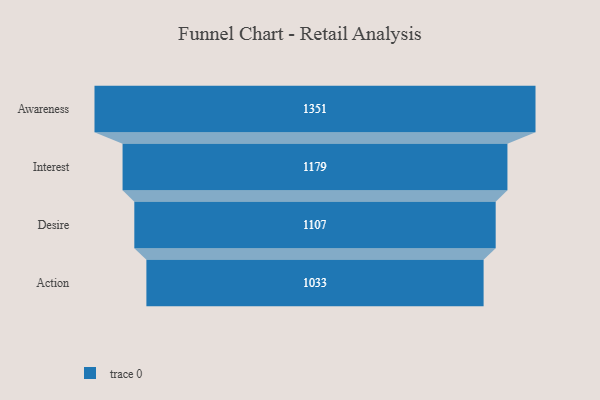
{"axis": {"x": "Stage", "y": "Value"}, "legend": [""], "data": [{"x": "Awareness", "y": 1351.0, "type": ""}, {"x": "Interest", "y": 1179.0, "type": ""}, {"x": "Desire", "y": 1107.0, "type": ""}, {"x": "Action", "y": 1033.0, "type": ""}]}